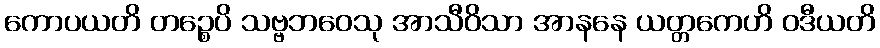
ကောပယတိ တဉ္စေပိ သဗ္ဗဘဝေသု အာသီဝိသာ အာနနေ ယတ္တကေဟိ ဝဒီယတိ